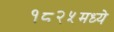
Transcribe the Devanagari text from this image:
१८२५मध्ये